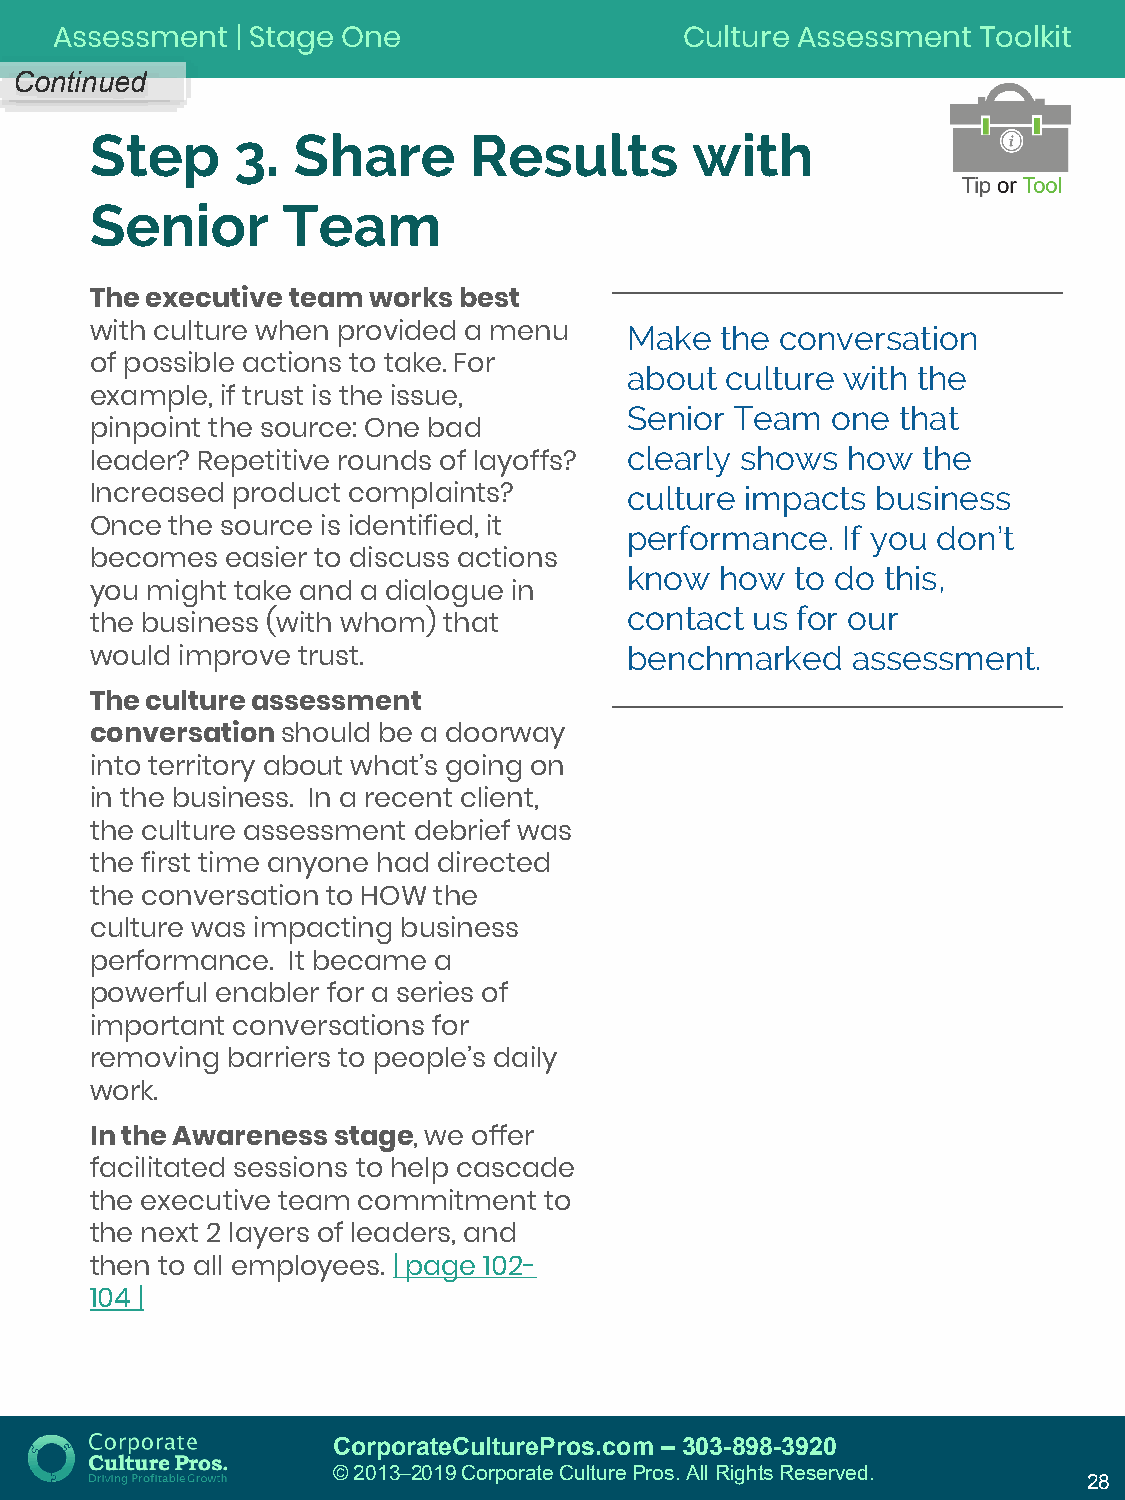
Assessment   | Stage One                  Culture Assessment  Toolkit
 Continued
 Step     3.  Share       Results        with
 Senior       Team
 The executive team works best
 with culture when provided a menu   Make  the conversation
 of possible actions to take. For    about culture with the
 example, if trust is the issue,
 Senior Team  one that
 pinpoint the source: One bad
 clearly shows how  the
 leader? Repetitive rounds of layoffs?
 culture impacts business
 Increased product complaints?
 Once the source is identified, it   performance.  If you don’t
 becomes  easier to discuss actions
 know  how  to do this,
 you might take and a dialogue in
 contact us for our
 the business (with whom) that
 benchmarked   assessment.
 would improve trust.
 The culture assessment
 conversation should be a doorway
 into territory about what’s going on
 in the business. In a recent client,
 the culture assessment debrief was
 the first time anyone had directed
 the conversation to HOW the
 culture was impacting business
 performance. It became a
 powerful enabler for a series of
 important conversations for
 removing barriers to people’s daily
 work.
 In the Awareness stage, we offer
 facilitated sessions to help cascade
 the executive team commitment to
 the next 2 layers of leaders, and
 then to all employees. | page 102-
 104 |
 CorporateCulturePros.com – 303-898-3920
 © 2013─2019 Corporate Culture Pros. All Rights Reserved.
 28